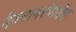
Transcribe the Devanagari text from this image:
देवनागरीमधेच